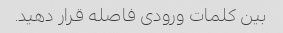
بین کلمات ورودی فاصله قرار دهید.